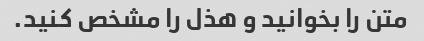
متن را بخوانید و هذل را مشخص کنید.